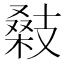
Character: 𢻚